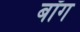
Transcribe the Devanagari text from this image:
बॉग